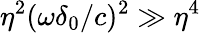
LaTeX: \eta^{2}(\omega\delta_{0}/c)^{2}\gg\eta^{4}